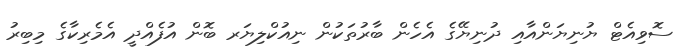
ސޮވިއެޓް ޔުނިޔަންއާއި ދުނިޔޭގެ އެހެން ބާރުތަކުން ނިއުކްލިޔަރ ބޮން އުފެއްދީ އެމެރިކާގެ މިބިރު